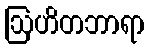
ဩဟိတဘာရာ